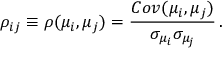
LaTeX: \rho _ { i j } \equiv \rho ( \mu _ { i } , \mu _ { j } ) = \frac { C o v ( \mu _ { i } , \mu _ { j } ) } { \sigma _ { \mu _ { i } } \sigma _ { \mu _ { j } } } \, .